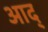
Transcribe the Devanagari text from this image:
आद्